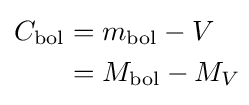
{\begin{aligned}C_{\mathrm {bol} }&=m_{\mathrm {bol} }-V\\&=M_{\mathrm {bol} }-M_{V}\end{aligned}}\!